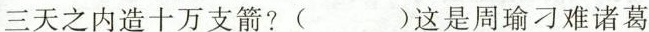
三天之内造十万支箭？( ) 这是周瑜刁难诸葛